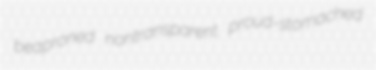
beaproned nontransparent proud-stomached